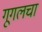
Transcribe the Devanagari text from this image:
गूगलचा